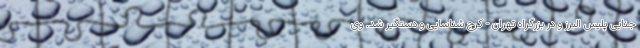
جنایی پلیس البرز و در بزرگراه تهران - کرج شناسایی و دستگیر شد. وی